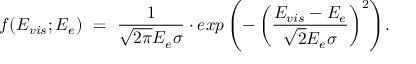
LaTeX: { \displaystyle f ( E _ { v i s } ; E _ { e } ) ~ = ~ { \frac { 1 } { \sqrt { 2 \pi } E _ { e } \sigma } } \cdot e x p \left( - \left( { \frac { E _ { v i s } - E _ { e } } { \sqrt { 2 } E _ { e } \sigma } } \right) ^ { 2 } \right) } .